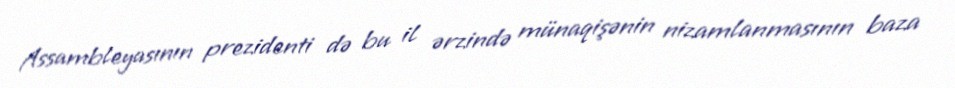
Assambleyasının prezidenti də bu il ərzində münaqişənin nizamlanmasının baza